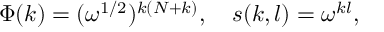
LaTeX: \Phi ( k ) = ( \omega ^ { 1 / 2 } ) ^ { k ( N + k ) } , ~ ~ ~ s ( k , l ) = \omega ^ { k l } ,